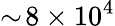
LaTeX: \sim\! 8\times 10^{4}